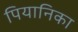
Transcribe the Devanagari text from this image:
पियानिका